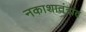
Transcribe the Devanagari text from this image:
नकाशातंत्रांत